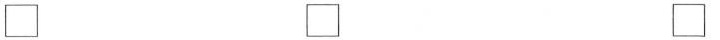
\Box \Box \Box